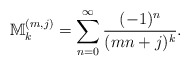
\begin{align*}\mathbb{M}_k^{(m,j)}=\sum_{n=0}^{\infty}\frac{(-1)^n}{(mn+j)^k}.\end{align*}